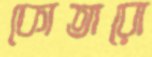
কোতারো